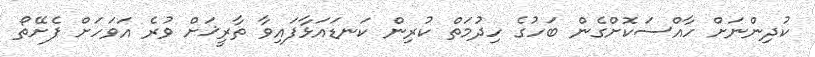
ކުދިންނަށް ހާއްސަކޮށްގެން ބަހުގެ ހިދުމަތް ކުރިން ކަނޑައަޅާފައިވާ ތާރީޚަށް ވުރެ އަވަހަށް ފެށޭތޯ